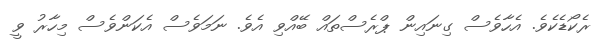
ރެކޯޑެކެވެ. އެހާވެސް ގިނައިން ޕްރެސްތައް ބޭއްވި އެވެ. ނަމަވެސް އެކަންވެސް މިހާރު ވީ